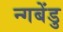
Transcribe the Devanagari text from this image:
न्गबेंडु